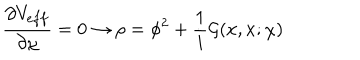
LaTeX: \frac { \partial V _ { e f f } } { \partial \chi } = 0 \rightarrow \rho = \phi ^ { 2 } + \frac { 1 } { i } { \mathcal G } ( x , x ; \chi )